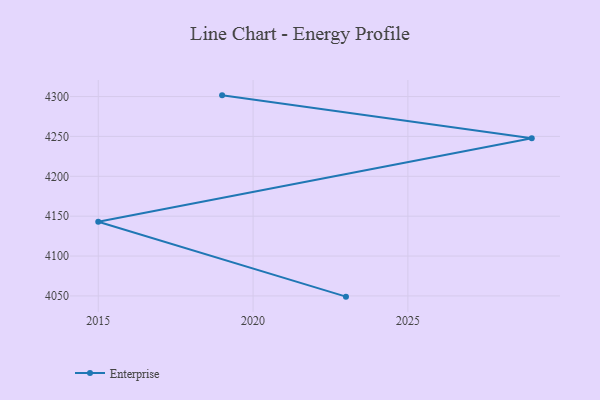
{"axis": {"x": "Year", "y": "Gross Profit (USD K)"}, "legend": ["Enterprise"], "data": [{"x": "2019", "y": 4301.5, "type": "Enterprise"}, {"x": "2029", "y": 4247.7, "type": "Enterprise"}, {"x": "2015", "y": 4143.1, "type": "Enterprise"}, {"x": "2023", "y": 4049.1, "type": "Enterprise"}]}